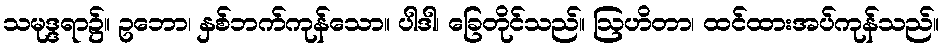
သမုဒ္ဒရာ၌။ ဥဘော၊ နှစ်ဘက်ကုန်သော။ ပါဒါ၊ ခြေတိုင်သည်။ ဩဟိတာ၊ ထင်ထားအပ်ကုန်သည်။